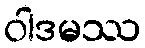
ဝါဒမဿ